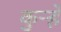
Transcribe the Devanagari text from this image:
कुऱ्हे